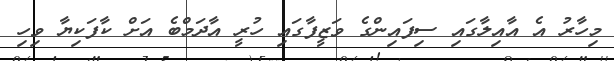
މިހާރު އެ އާއިލާގައި ސިފައިންގެ ވަޒީފާގައި ހުރީ އާދަމްބެ އަށް ކާފަކިޔާ ވިހި